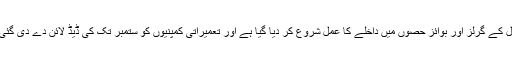
سکول کے گرلز اور بوائز حصوں میں داخلے کا عمل شروع کر دیا گیا ہے اور تعمیراتی کمپنیوں کو ستمبر تک کی ڈیڈ لائن دے دی گئی ہے۔